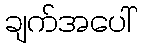
ချက်အပေါ်